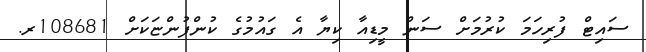
ސައިޓް ފުރިހަމަ ކުރުމަށް ސަން މީޑިއާ ކިޔާ އެ ގައުމުގެ ކުންފުންޏަކަށް 108681ރ.